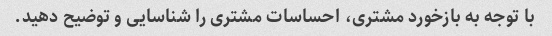
با توجه به بازخورد مشتری، احساسات مشتری را شناسایی و توضیح دهید.